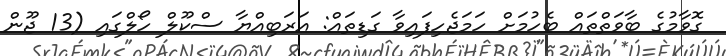
ގޮވާމުގެ ބާވަތްތައް ބެހުމަށް ހަމަޖެހިފައިވާ ގަޑިތައް: އަރަބިއްޔާ ސްކޫލް ހޯލްގައި (13 ޖޫން